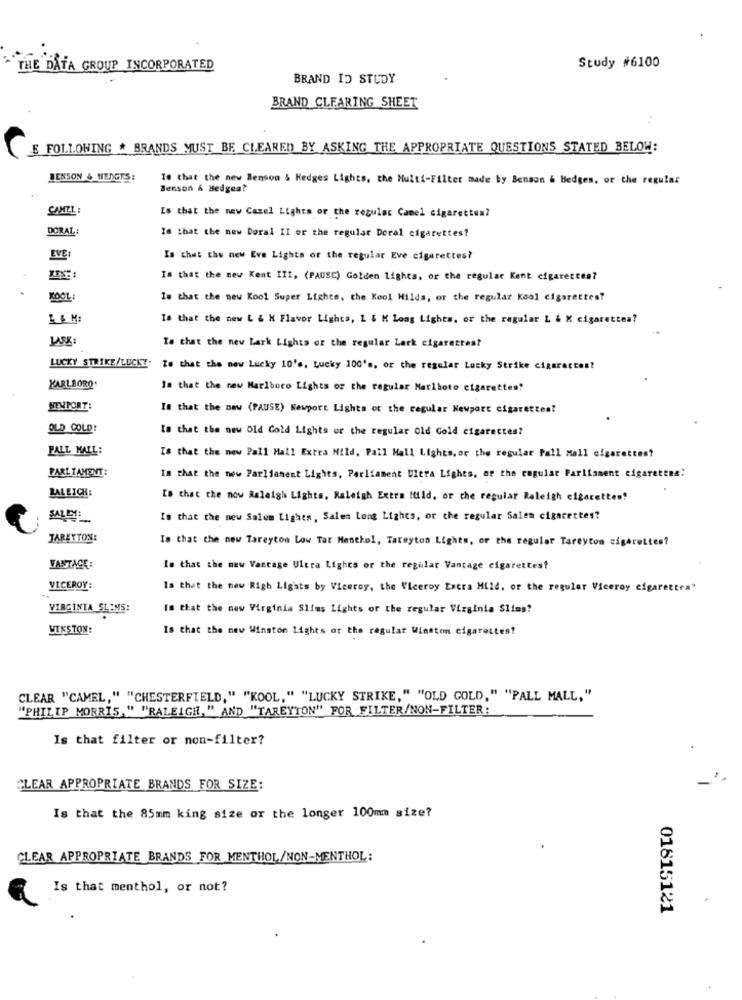
THE DATA GROUP INCORPORATED
Study #6100
BRAND ID STUDY
BRAND CLEARING SHEET
E FOLLOWING * BRANDS MUST BE CLEARED BY ASKING THE APPROPRIATE QUESTIONS STATED BELOW:
BENSON & HENGTS:
10 that the new Benson & Hedges Lights, the Multi-Filter made by Benson & Hedges, or the regular
Benson & Hedges?
CAMEL:
Is that the new Cazel Lights or the regular Camel cigarettes?
DORAL:
16 that the new Doral II or the regular Doral cigarettes?
EVE
Is that the new Eve Lights or the regular Eve cigarettes?
Is that the new Kent III, (PAUSE) Golden Lights, or the regular Kent cigarettes?
TOOL
Is that the new Kool Super Lights, the Kool Hilds, or the regular kool cigarettes?
Is that the new L & X Flavor Lights, L & M Loas Lights, or the regalar L & K cigarettes?
LASK:
To that the new Lark Lights of the regular Lark cigarettes?
LUCKY STRIKE/LUCKY.
Ze that the new Lucky 10's. Lucky 100's, or the regular Lucky Strike cigarettes?
MARLBORO
Is that the new Marlboro Lights of the regular Marlboro cigarettes?
NEWPORT:
Is that the new (PAUSE) Newport Lights ot the regular Newport cigarettes?
OLD COLD!
Is that the new Old Gold Lights or the regular Old Gold cigarettes?
PALL MALL:
Is that the new Pall Mall Extra Nild. Pall Mall Lights, or the regular Pall Mall cigarettes?
PARLIAMENT:
Is that the new Parliament Lights, Parliament Ulera Lights, ar the regular Parliament cigarettes:
BALEICH:
Is that the now Raleigh Lights, Raleigh Extra Mild, or the regular Raleigh cigarettes?
SALCE
Is that the new Salem Lights, Salen Long Lights, or the regular Salen cigarettes?
TAREYTON:
Is that the new Tareyton Low Tar Menthol, Tareyton Lights, or the regular Tareyton cigarettes?
VANTAGE:
Is that the new Vantage Ultra Lights or the regular Vantage cigarettes?
VICEROY:
Is that the new Righ Lights by Viceroy, the Viceroy Extra Mild, or the regular Viceroy cigarettes"
VIRGINIA SLENS:
Is that the new Virginia Slims Lights or the regular Virginia Slims?
WINSTON:
Is that the new Winston Lights or the regular Winston cigarettes!
CLEAR "CAMEL," "CHESTERFIELD," "KOOL," "LUCKY STRIKE," "OLD GOLD," "PALL MALL,"
"PHILIP MORRIS, " "RALEIGH," AND "TAREYTON" FOR FILTER/NON-FILTER:
Is that filter or non-filter?
CLEAR APPROPRIATE BRANDS FOR SIZE:
Is that the 85mm king size or the longer 100mm size?
CLEAR APPROPRIATE BRANDS FOR MENTHOL/NON-MENTHOL:
Is that menthol, or not?
01815121